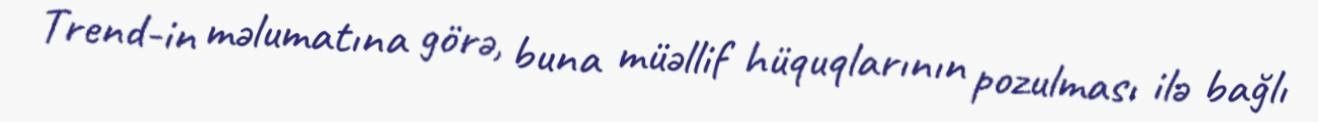
Trend-in məlumatına görə, buna müəllif hüquqlarının pozulması ilə bağlı